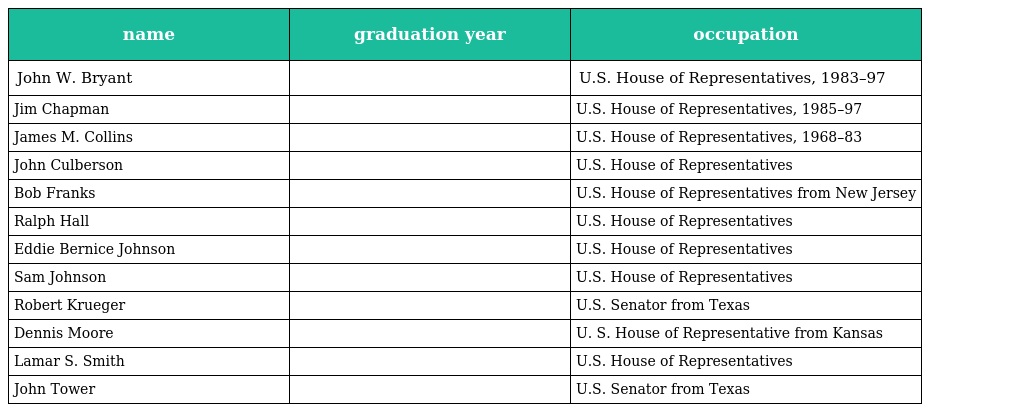
| name | graduation year | occupation |
 | --- | --- | --- |
 | John W. Bryant |  | U.S. House of Representatives, 1983–97 |
 | Jim Chapman |  | U.S. House of Representatives, 1985–97 |
 | James M. Collins |  | U.S. House of Representatives, 1968–83 |
 | John Culberson |  | U.S. House of Representatives |
 | Bob Franks |  | U.S. House of Representatives from New Jersey |
 | Ralph Hall |  | U.S. House of Representatives |
 | Eddie Bernice Johnson |  | U.S. House of Representatives |
 | Sam Johnson |  | U.S. House of Representatives |
 | Robert Krueger |  | U.S. Senator from Texas |
 | Dennis Moore |  | U. S. House of Representative from Kansas |
 | Lamar S. Smith |  | U.S. House of Representatives |
 | John Tower |  | U.S. Senator from Texas |